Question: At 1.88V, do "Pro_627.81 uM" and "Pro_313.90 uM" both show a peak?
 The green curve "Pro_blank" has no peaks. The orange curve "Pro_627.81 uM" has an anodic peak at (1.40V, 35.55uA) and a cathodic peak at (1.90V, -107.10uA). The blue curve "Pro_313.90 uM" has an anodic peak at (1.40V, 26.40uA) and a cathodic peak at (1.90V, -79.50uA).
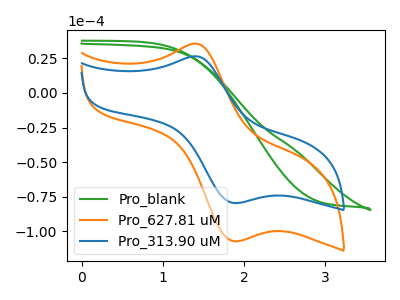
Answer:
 <answer>Yes, "Pro_627.81 uM" and "Pro_313.90 uM" share a peak at 1.88V.</answer>
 <eval>match</eval>